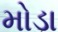
મોડા